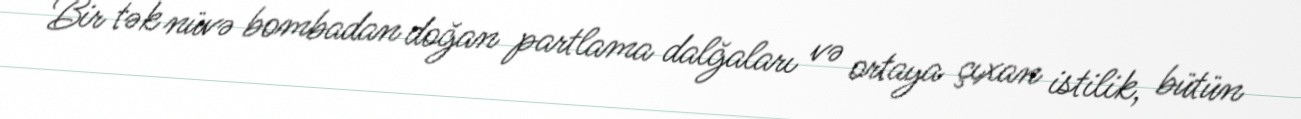
Bir tək nüvə bombadan doğan partlama dalğaları və ortaya çıxan istilik, bütün